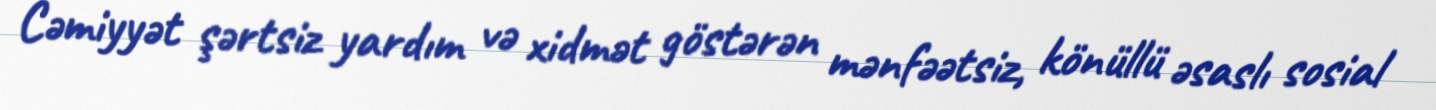
Cəmiyyət şərtsiz yardım və xidmət göstərən mənfəətsiz, könüllü əsaslı sosial